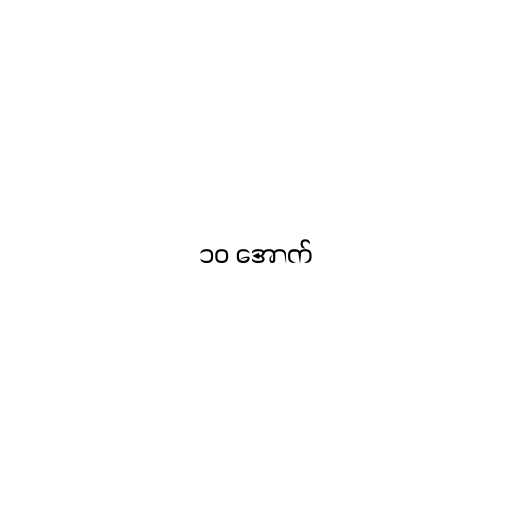
၁၀ အောက်